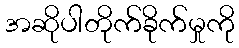
အဆိုပါတိုက်ခိုက်မှုကို